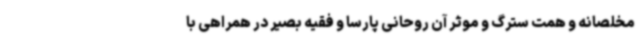
مخلصانه و همت سترگ و موثر آن روحانی پارسا و فقیه بصیر در همراهی با